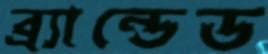
ব্র্যান্ডেড